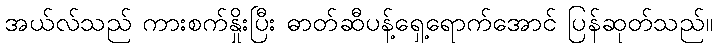
အယ်လ်သည် ကားစက်နှိုးပြီး ဓာတ်ဆီပန့်ရှေ့ရောက်အောင် ပြန်ဆုတ်သည်။